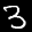
Label: 3